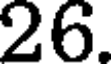
26.